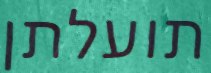
תועלתן